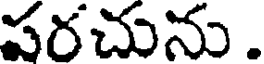
పరచును.